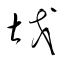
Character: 戡